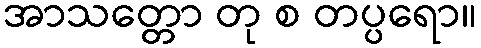
အာသတ္တော တု စ တပ္ပရော။